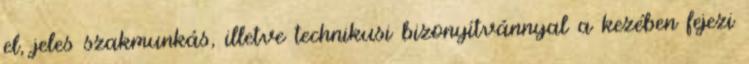
el, jeles szakmunkás, illetve technikusi bizonyítvánnyal a kezében fejezi